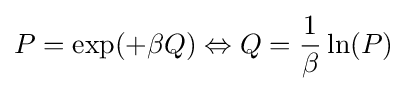
P=\exp(+\beta Q)\Leftrightarrow Q={\frac {1}{\beta }}\ln(P)